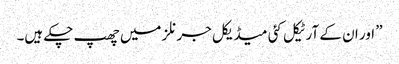
” اور ان کے آرٹیکل کئی میڈیکل جرنلز میں‌ چھپ چکے ہیں۔